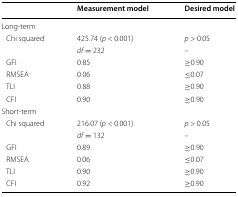
|  | Measurement model | Desired model |
 | --- | --- | --- |
 | Long-term |  |  |
 | Chi squared | 425.74 (p < 0.001) | p > 0.05 |
 |  | df = 232 | – |
 | GFI | 0.85 | ≥0.90 |
 | RMSEA | 0.06 | ≤0.07 |
 | TLI | 0.88 | ≥0.90 |
 | CFI | 0.90 | ≥0.90 |
 | Short-term |  |  |
 | Chi squared | 216.07 (p < 0.001) | p > 0.05 |
 |  | df = 132 | – |
 | GFI | 0.89 | ≥0.90 |
 | RMSEA | 0.06 | ≤0.07 |
 | TLI | 0.90 | ≥0.90 |
 | CFI | 0.92 | ≥0.90 |